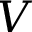
V